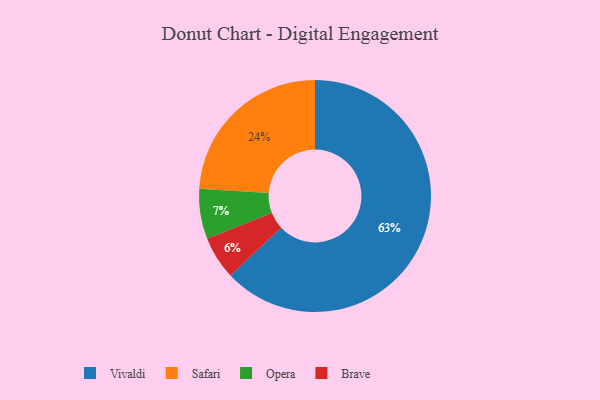
{"axis": {"x": "Category", "y": "Percentage"}, "legend": ["Brave", "Opera", "Safari", "Vivaldi"], "data": [{"x": "Opera", "y": 7, "type": "Opera"}, {"x": "Brave", "y": 6, "type": "Brave"}, {"x": "Vivaldi", "y": 63, "type": "Vivaldi"}, {"x": "Safari", "y": 24, "type": "Safari"}]}